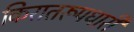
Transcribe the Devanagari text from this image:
किरातरूपधारी